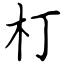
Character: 朾